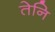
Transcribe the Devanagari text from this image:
तेनि